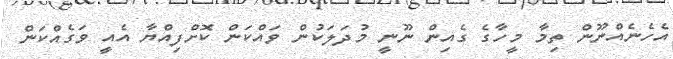
އެހެނެއްނޫން ތިމާ މީހާގެ ގެއިން ނޫނީ މުދަލަކުން ވައްކަން ކޮށްފިއްޔާ އެއީ ވަގެއްކަން